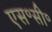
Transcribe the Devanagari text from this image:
एस॰सी॰